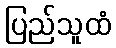
ပြည်သူထံ